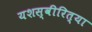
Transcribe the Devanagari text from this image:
यशस्‍वीरित्‍या